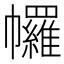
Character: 𢅾